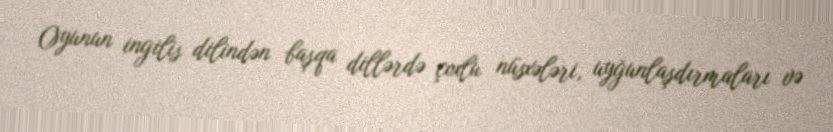
Oyunun ingilis dilindən başqa dillərdə çoxlu nüsxələri, uyğunlaşdırmaları və